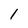
Character: 1